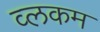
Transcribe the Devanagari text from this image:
व्लकम